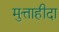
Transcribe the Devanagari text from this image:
मुत्ताहीदा